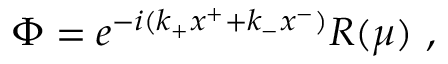
\Phi = e ^ { - i ( k _ { + } x ^ { + } + k _ { - } x ^ { - } ) } R ( \mu ) \ ,